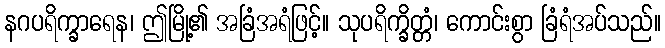
နဂပရိက္ခာရေန၊ ဤမြို့၏ အခြံအရံဖြင့်။ သုပရိက္ခိတ္တံ၊ ကောင်းစွာ ခြံရံအပ်သည်။